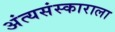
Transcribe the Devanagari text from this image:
अंत्यसंस्काराला